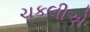
ચકલીએ